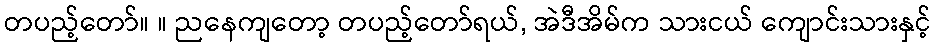
တပည့်တော်။ ။ ညနေကျတော့ တပည့်တော်ရယ်, အဲဒီအိမ်က သားငယ် ကျောင်းသားနှင့်